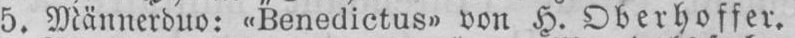
5. Männerduo: «Benedictus» von H. Oberhoffer.